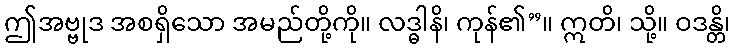
ဤအဗ္ဗုဒ အစရှိသော အမည်တို့ကို။ လဒ္ဓါနိ၊ ကုန်၏”။ ဣတိ၊ သို့။ ဝဒန္တိ၊